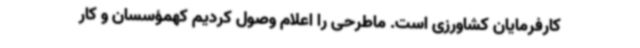
کارفرمایان کشاورزی است. ماطرحی را اعلام وصول کردیم کهمؤسسان و کار